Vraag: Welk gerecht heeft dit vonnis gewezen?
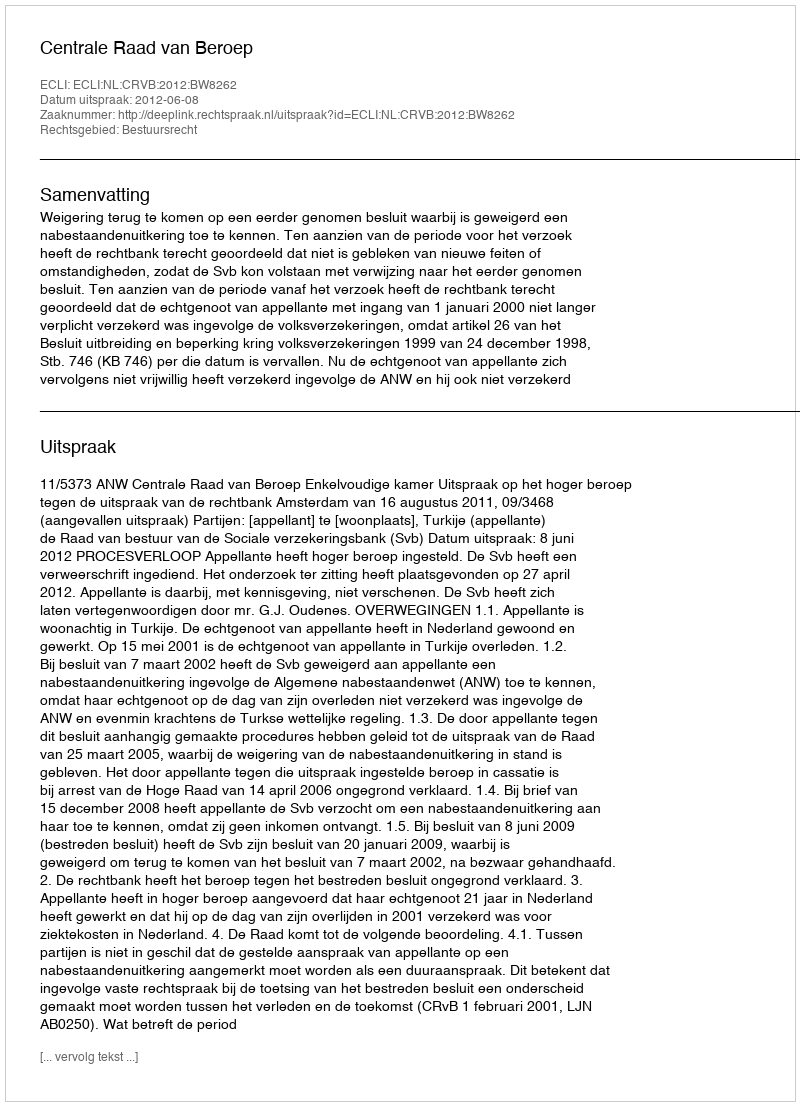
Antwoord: Centrale Raad van Beroep